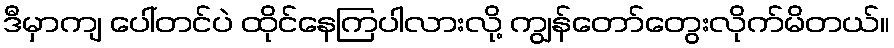
ဒီမှာကျ ပေါ်တင်ပဲ ထိုင်နေကြပါလားလို့ ကျွန်တော်တွေးလိုက်မိတယ်။